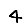
Digit: 4